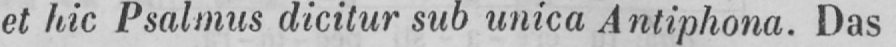
et hic Psalmus dicitur sub unica Antiphona. Das